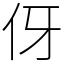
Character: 伢